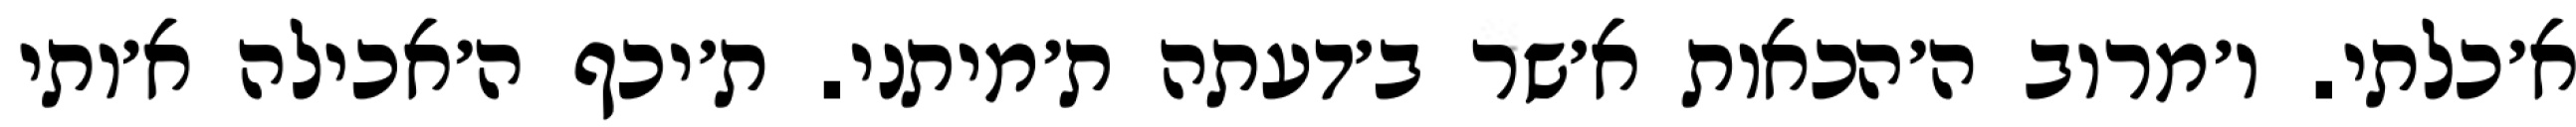
א׳כלתי. ו׳מרוב ה׳הכאות א׳שר ב׳דעתה ת׳מיתני. ת׳יכף ה׳אכילה א׳ותי